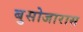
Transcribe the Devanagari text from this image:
बुसोजारास